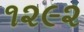
૧૨૯૨